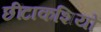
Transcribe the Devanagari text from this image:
छींटाकशियों